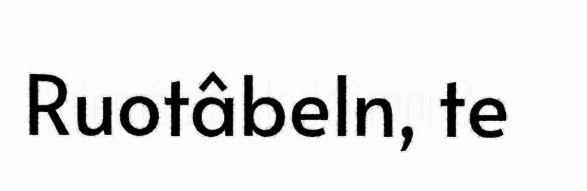
Ruotâbeln, te